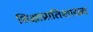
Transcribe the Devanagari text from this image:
शिक्षाप्रातिशाख्य